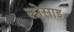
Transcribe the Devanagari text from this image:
लोसाइ